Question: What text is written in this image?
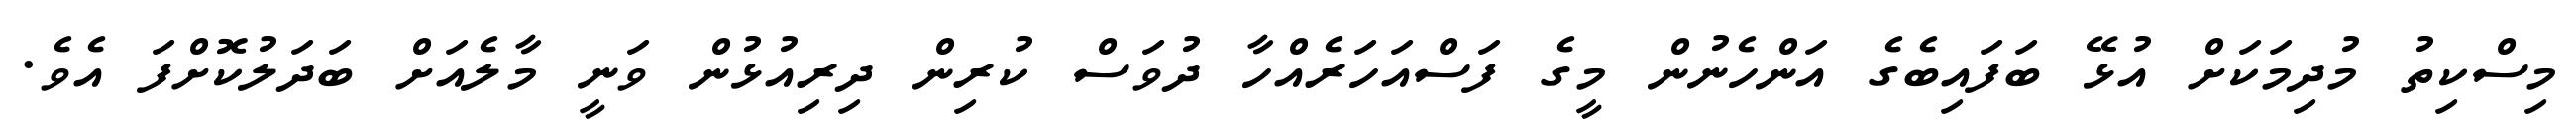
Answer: މިސްކިތު މުދިމަކަށް އުޅޭ ބަފައިބެގެ އަންހެނުން މީގެ ފަސްއަހަރެއްހާ ދުވަސް ކުރިން ދިރިއުޅުން ވަނީ މާލެއަށް ބަދަލުކޮށްފަ އެވެ.